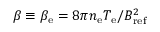
\beta \equiv \beta _ { \mathrm { e } } = 8 \pi n _ { \mathrm { e } } T _ { \mathrm { e } } / B _ { \mathrm { r e f } } ^ { 2 }